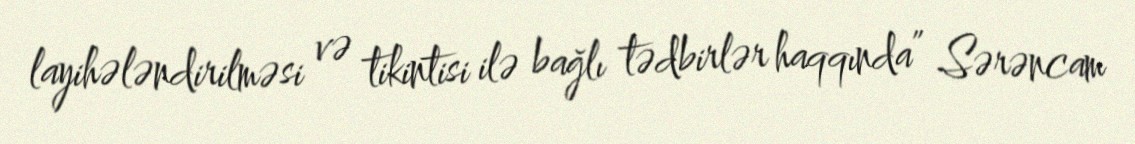
layihələndirilməsi və tikintisi ilə bağlı tədbirlər haqqında” Sərəncam